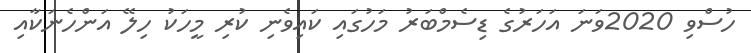
ހުސްވި 2020ވަނަ އަހަރުގެ ޑިސެމްބަރު މަހުގައި ކައިވެނި ކުރި މީހަކު ހިލޭ އަންހެނަކާއި